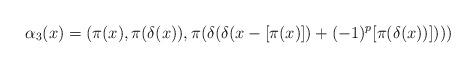
LaTeX: \begin{align*}\alpha_3(x)= (\pi(x), \pi(\delta(x)), \pi(\delta(\delta(x-[\pi(x)])+(-1)^p[\pi(\delta(x))]))) \end{align*}